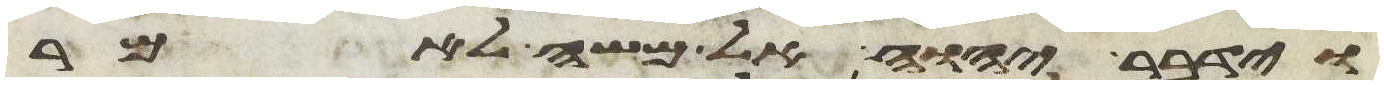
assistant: וידבר יהוה אל משה לאמר